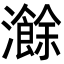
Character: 𬉣